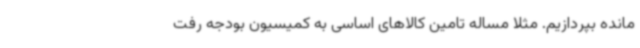
مانده بپردازیم. مثلا مساله تامین کالاهای اساسی به کمیسیون بودجه رفت